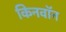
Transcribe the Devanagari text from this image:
किनवॉन